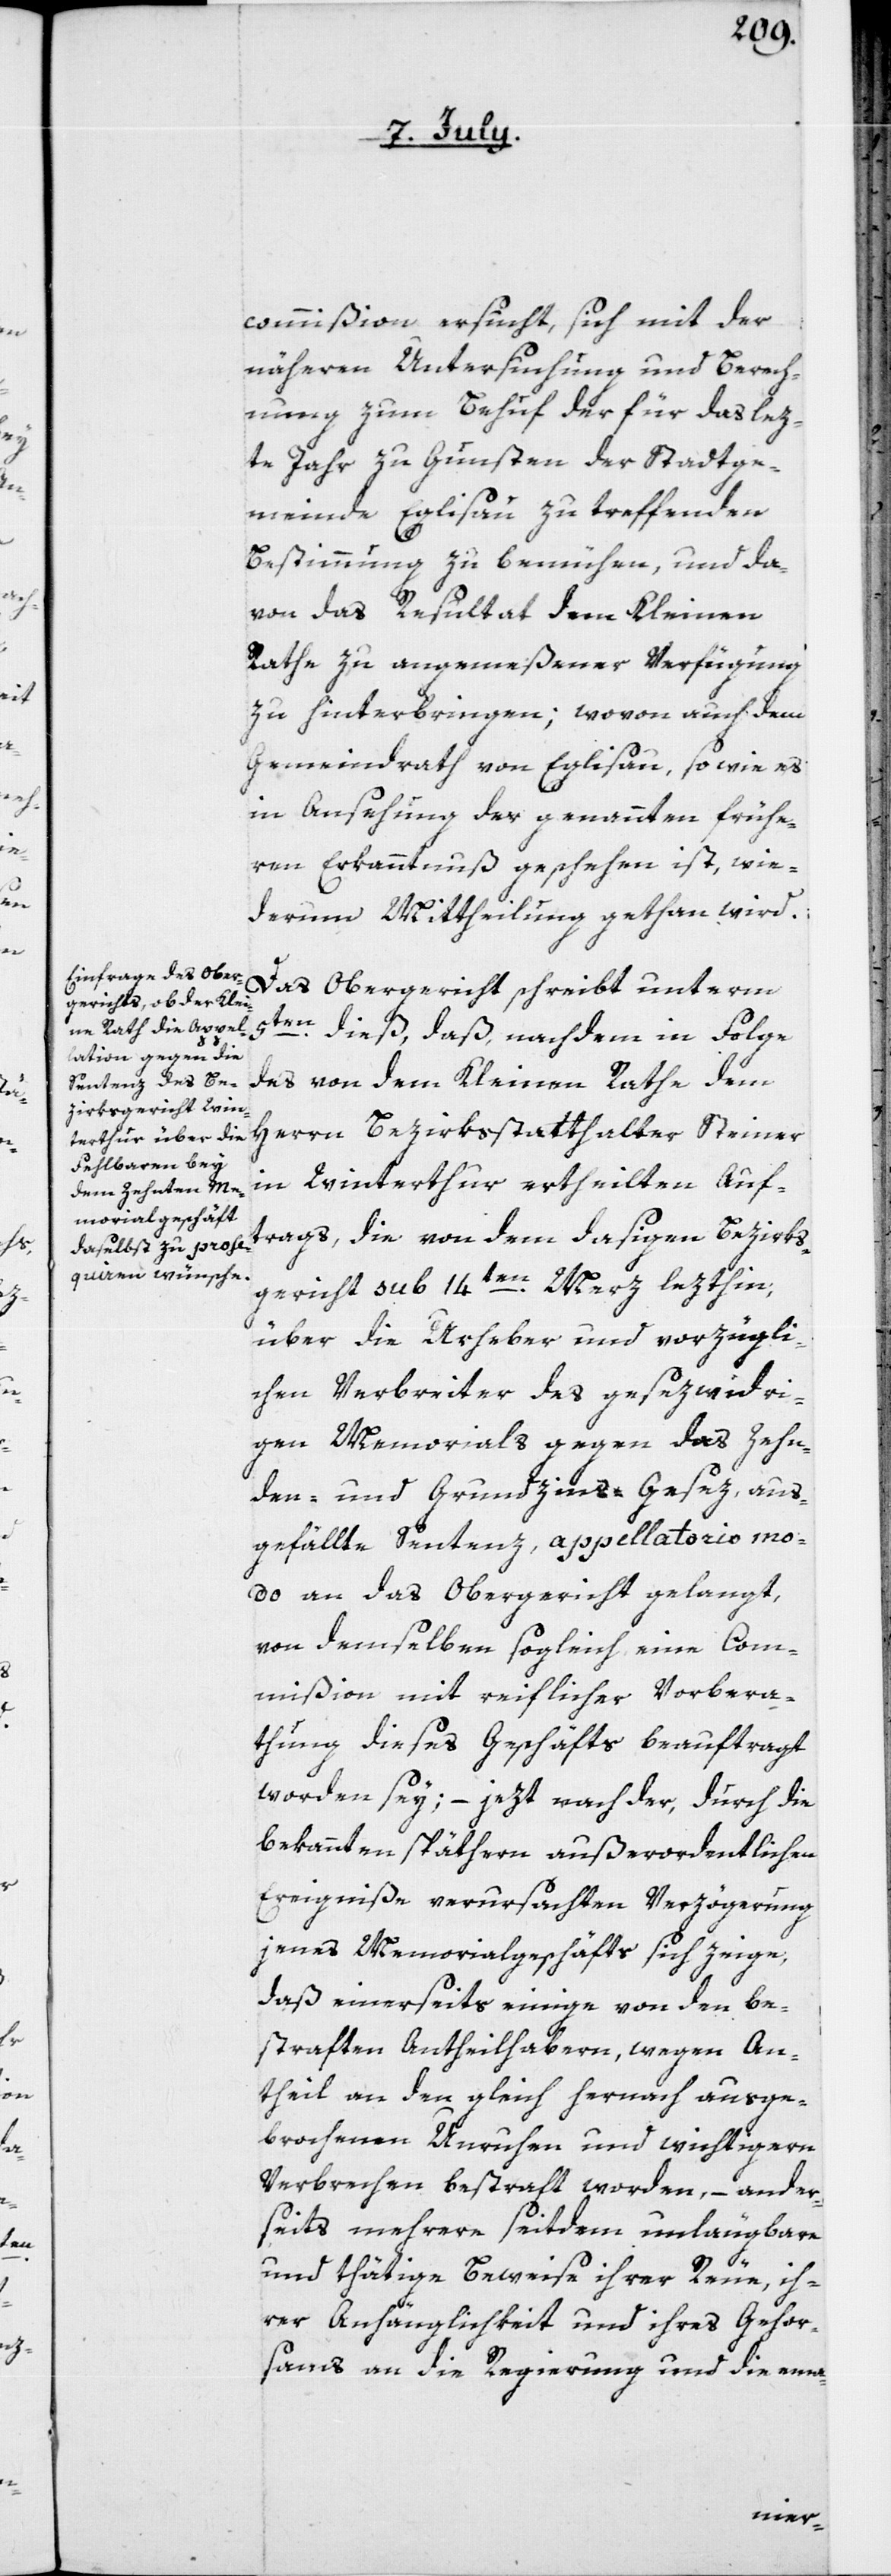
commißion ersucht, sich mit der
näheren Untersuchung und Berech¬
nung zum Behuf der für das lez¬
te Jahr zu Gunsten der Stadtge¬
meinde Eglisau zu treffenden
Bestimmung zu bemühen, und da¬
von das Resultat dem Kleinen
Rathe zu angemeßener Verfügung
zu hinterbringen; wovon auch dem
Gemeindrath von Eglisau, so wie es
in Ansehung der genannten frühe¬
ren Erkanntnuß geschehen ist, wie¬
derum Mittheilung gethan wird.
Das Obergericht schreibt unterm
5ten dieß, daß nachdem in Folge
des von dem Kleinen Rathe dem
Herrn Bezirksstatthalter Steiner
in Winterthur ertheilten Auf¬
trags, die von dem dasigen Bezirks¬
gericht sub 14ten Merz lezthin,
über die Urheber und vorzügli¬
chen Verbreiter des gesezwidri¬
gen Memorials gegen das Zehen¬
den- und Grundzins-Gesez, aus¬
gefällte Sentenz, appellatorio mo¬
do an das Obergericht gelangt,
von demselben sogleich eine Com¬
mißion mit reiflicher Vorbera¬
thung dieses Geschäfts beauftragt
worden sey; – jezt nach der, durch die
bekannten späthern außerordentlichen
Ereigniße verursachten Verzögerung
jenes Memorialgeschäfts sich zeige,
daß einerseits einige von den be¬
straften Antheilhabern, wegen An¬
theil an den gleich hernach ausge¬
brochenen Unruhen und wichtigern
Verbrechen bestraft worden, – ander¬
seits mehrere seitdem unleugbare
und thätige Beweise ihrer Reue, ih¬
rer Anhänglichkeit und ihres Gehor¬
sams an die Regierung und die ema-